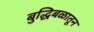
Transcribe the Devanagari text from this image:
बुद्धिबळातून